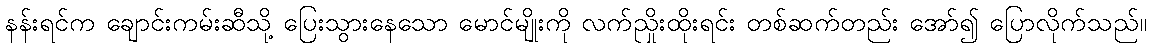
နန်းရင်က ချောင်းကမ်းဆီသို့ ပြေးသွားနေသော မောင်မျိုးကို လက်ညှိုးထိုးရင်း တစ်ဆက်တည်း အော်၍ ပြောလိုက်သည်။